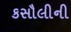
કસૌલીની